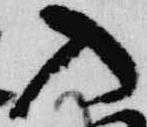
入